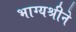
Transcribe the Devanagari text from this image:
भाग्यश्रीने